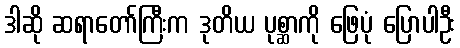
ဒါဆို ဆရာတော်ကြီးက ဒုတိယ ပုစ္ဆာကို ဖြေပုံ ပြောပါဦး